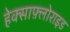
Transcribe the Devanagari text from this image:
हेक्साफ़्लोराइड